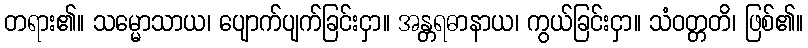
တရား၏။ သမ္မောသာယ၊ ပျောက်ပျက်ခြင်းငှာ။ အန္တရဓာနာယ၊ ကွယ်ခြင်းငှာ။ သံဝတ္တတိ၊ ဖြစ်၏။